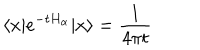
LaTeX: \langle x \vert e ^ { - t H _ { \alpha } } \vert x \rangle = \frac { 1 } { 4 \pi t }